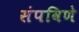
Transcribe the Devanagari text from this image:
संपविणे